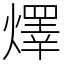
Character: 燡